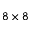
8 \times 8